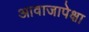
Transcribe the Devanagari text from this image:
आवाजापेक्षा